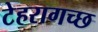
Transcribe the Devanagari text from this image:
टेहरागच्छ